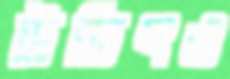
উচিৎও